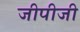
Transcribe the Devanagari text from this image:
जीपीजी